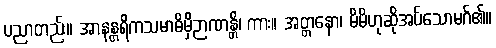
ပညာတည်း။ အာနန္တရိကသမာဓိမှိဉာဏန္တိ၊ ကား။ အတ္တနော၊ မိမိဟုဆိုအပ်သောမဂ်၏။